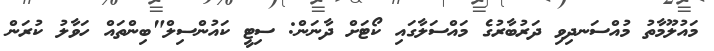
މައުލޫމާތު މުއްސަނދިވި ދަރުބާރުގެ މައްސަލާގައި ކޯޓަށް ދާނަން: ސިޓީ ކައުންސިލް"ބިންތައް ހަވާލު ކުރަން